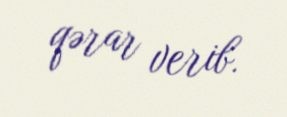
qərar verib.